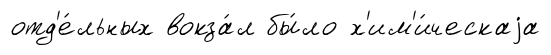
отд'е́льных вокза́л бы́ло х'им'и́ческаjа